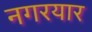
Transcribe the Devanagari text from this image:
नगरयार